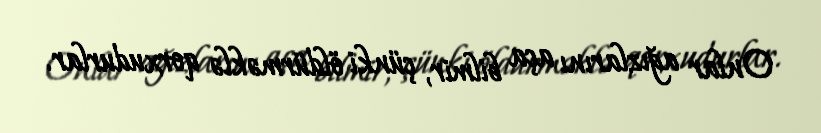
Onlar ağızlarını aça bilmir, çünki öldürməklə qorxudurlar.